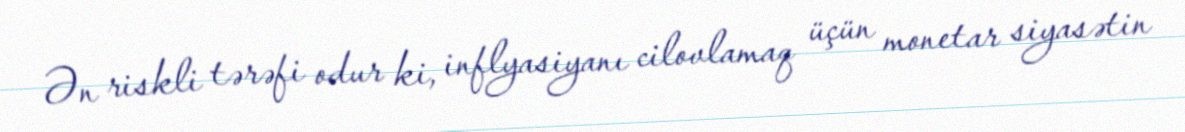
Ən riskli tərəfi odur ki, inflyasiyanı cilovlamaq üçün monetar siyasətin